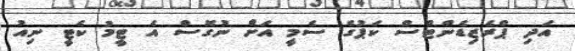
އަދި ޕްރެޒިޑެންޓްސް ކަޕުގެ ސެމީ އަށް ނުގޮސް އެ ޓީމު ކެޓީ ނިއު